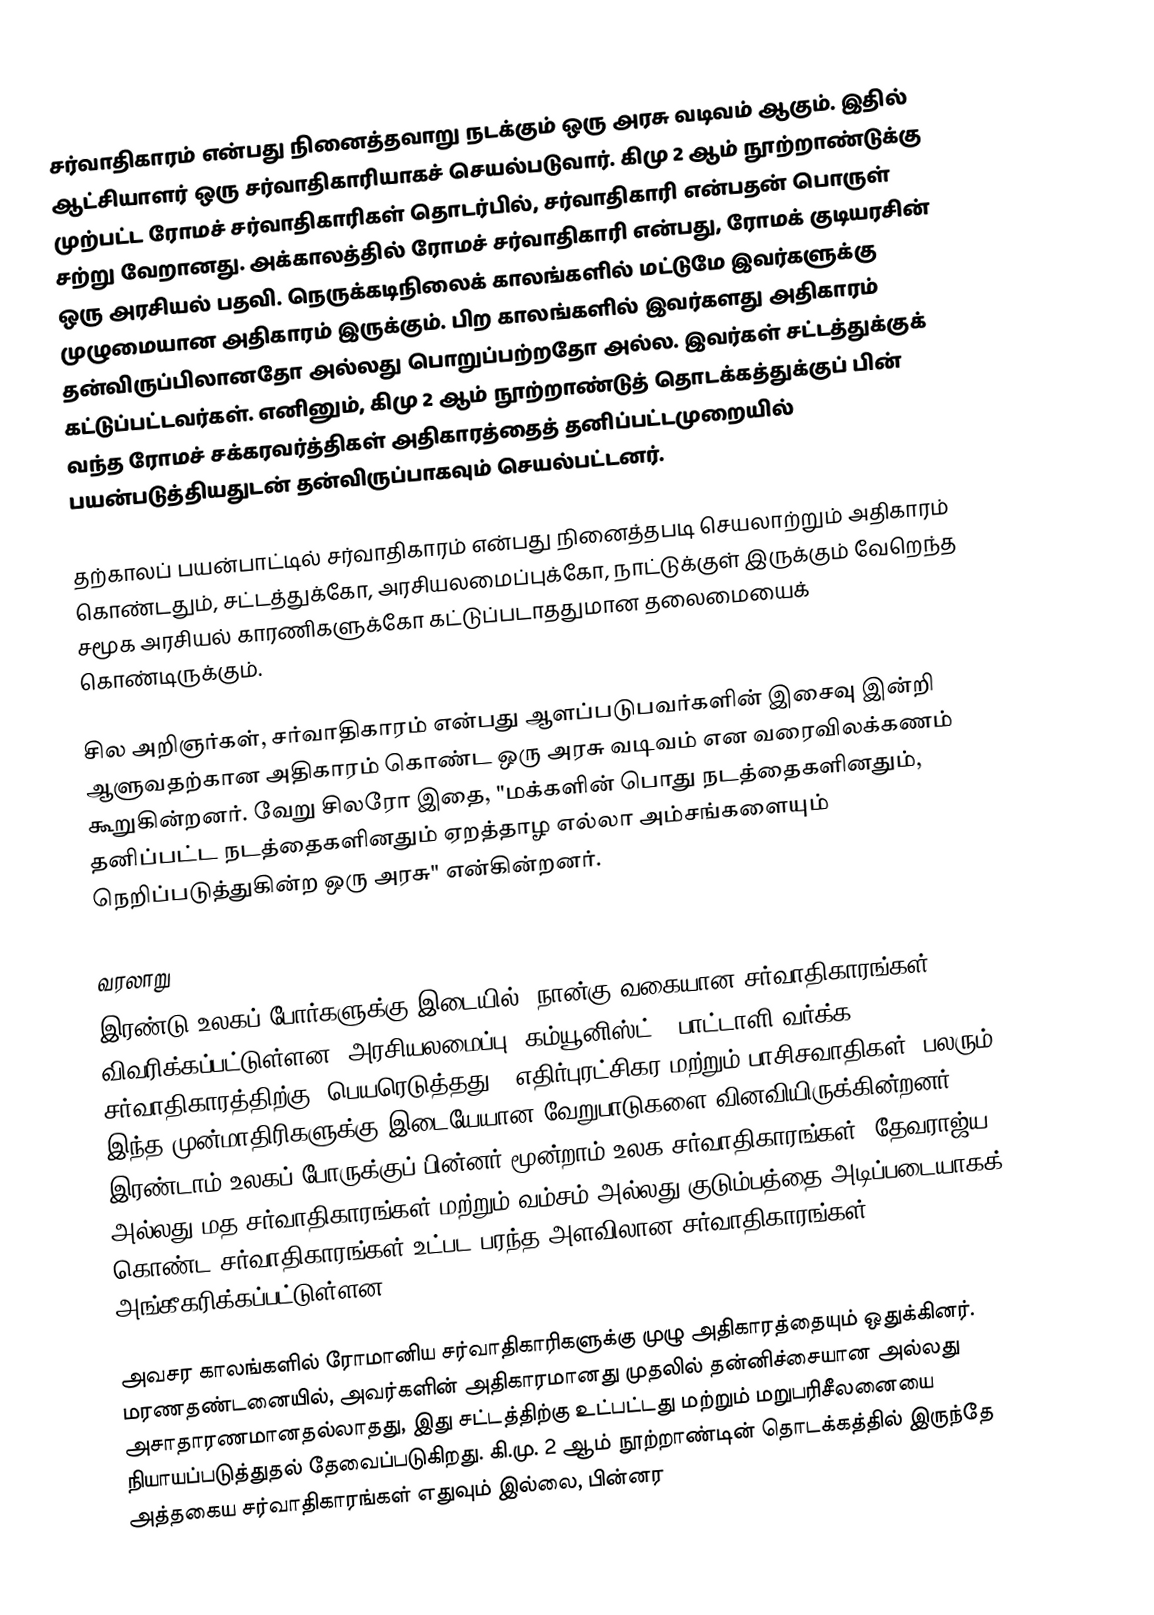
சர்வாதிகாரம் என்பது நினைத்தவாறு நடக்கும் ஒரு அரசு வடிவம் ஆகும். இதில் ஆட்சியாளர் ஒரு சர்வாதிகாரியாகச் செயல்படுவார். கிமு 2 ஆம் நூற்றாண்டுக்கு முற்பட்ட ரோமச் சர்வாதிகாரிகள் தொடர்பில், சர்வாதிகாரி என்பதன் பொருள் சற்று வேறானது. அக்காலத்தில் ரோமச் சர்வாதிகாரி என்பது, ரோமக் குடியரசின் ஒரு அரசியல் பதவி. நெருக்கடிநிலைக் காலங்களில் மட்டுமே இவர்களுக்கு முழுமையான அதிகாரம் இருக்கும். பிற காலங்களில் இவர்களது அதிகாரம் தன்விருப்பிலானதோ அல்லது பொறுப்பற்றதோ அல்ல. இவர்கள் சட்டத்துக்குக் கட்டுப்பட்டவர்கள். எனினும், கிமு 2 ஆம் நூற்றாண்டுத் தொடக்கத்துக்குப் பின் வந்த ரோமச் சக்கரவர்த்திகள் அதிகாரத்தைத் தனிப்பட்டமுறையில் பயன்படுத்தியதுடன் தன்விருப்பாகவும் செயல்பட்டனர்.

தற்காலப் பயன்பாட்டில் சர்வாதிகாரம் என்பது நினைத்தபடி செயலாற்றும் அதிகாரம் கொண்டதும், சட்டத்துக்கோ, அரசியலமைப்புக்கோ, நாட்டுக்குள் இருக்கும் வேறெந்த சமூக அரசியல் காரணிகளுக்கோ கட்டுப்படாததுமான தலைமையைக் கொண்டிருக்கும்.

சில அறிஞர்கள், சர்வாதிகாரம் என்பது ஆளப்படுபவர்களின் இசைவு இன்றி ஆளுவதற்கான அதிகாரம் கொண்ட ஒரு அரசு வடிவம் என வரைவிலக்கணம் கூறுகின்றனர். வேறு சிலரோ இதை, "மக்களின் பொது நடத்தைகளினதும், தனிப்பட்ட நடத்தைகளினதும் ஏறத்தாழ எல்லா அம்சங்களையும் நெறிப்படுத்துகின்ற ஒரு அரசு" என்கின்றனர்.

வரலாறு
இரண்டு உலகப் போர்களுக்கு இடையில், நான்கு வகையான சர்வாதிகாரங்கள் விவரிக்கப்பட்டுள்ளன: அரசியலமைப்பு, கம்யூனிஸ்ட் ("பாட்டாளி வர்க்க சர்வாதிகாரத்திற்கு" பெயரெடுத்தது), எதிர்புரட்சிகர மற்றும் பாசிசவாதிகள், பலரும் இந்த முன்மாதிரிகளுக்கு இடையேயான வேறுபாடுகளை வினவியிருக்கின்றனர். இரண்டாம் உலகப் போருக்குப் பின்னர் மூன்றாம் உலக சர்வாதிகாரங்கள், தேவராஜ்ய அல்லது மத சர்வாதிகாரங்கள் மற்றும் வம்சம் அல்லது குடும்பத்தை அடிப்படையாகக் கொண்ட சர்வாதிகாரங்கள் உட்பட பரந்த அளவிலான சர்வாதிகாரங்கள் அங்கீகரிக்கப்பட்டுள்ளன.

அவசர காலங்களில் ரோமானிய சர்வாதிகாரிகளுக்கு முழு அதிகாரத்தையும் ஒதுக்கினர். மரணதண்டனையில், அவர்களின் அதிகாரமானது முதலில் தன்னிச்சையான அல்லது அசாதாரணமானதல்லாதது, இது சட்டத்திற்கு உட்பட்டது மற்றும் மறுபரிசீலனையை நியாயப்படுத்துதல் தேவைப்படுகிறது. கி.மு. 2 ஆம் நூற்றாண்டின் தொடக்கத்தில் இருந்தே அத்தகைய சர்வாதிகாரங்கள் எதுவும் இல்லை, பின்னர